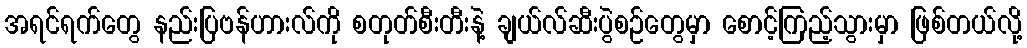
အရင်ရက်တွေ နည်းပြဗန်ဟားလ်ကို စတုတ်စီးတီးနဲ့ ချယ်လ်ဆီးပွဲစဉ်တွေမှာ စောင့်ကြည့်သွားမှာ ဖြစ်တယ်လို့